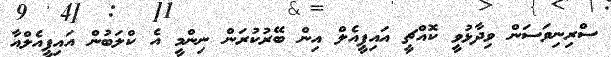
ސްރިނިވަސަން ވިދާޅުވީ ކޮއްޗީ އައިޕީއެލް އިން ބޭރުކުރަން ނިންމީ އެ ކްލަބުން އައިޕީއެލްއާ